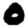
Digit: 0